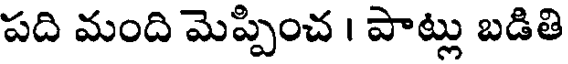
పది మంది మెప్పించ । పాట్లు బడితి